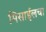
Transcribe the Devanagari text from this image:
मिसाईलचा